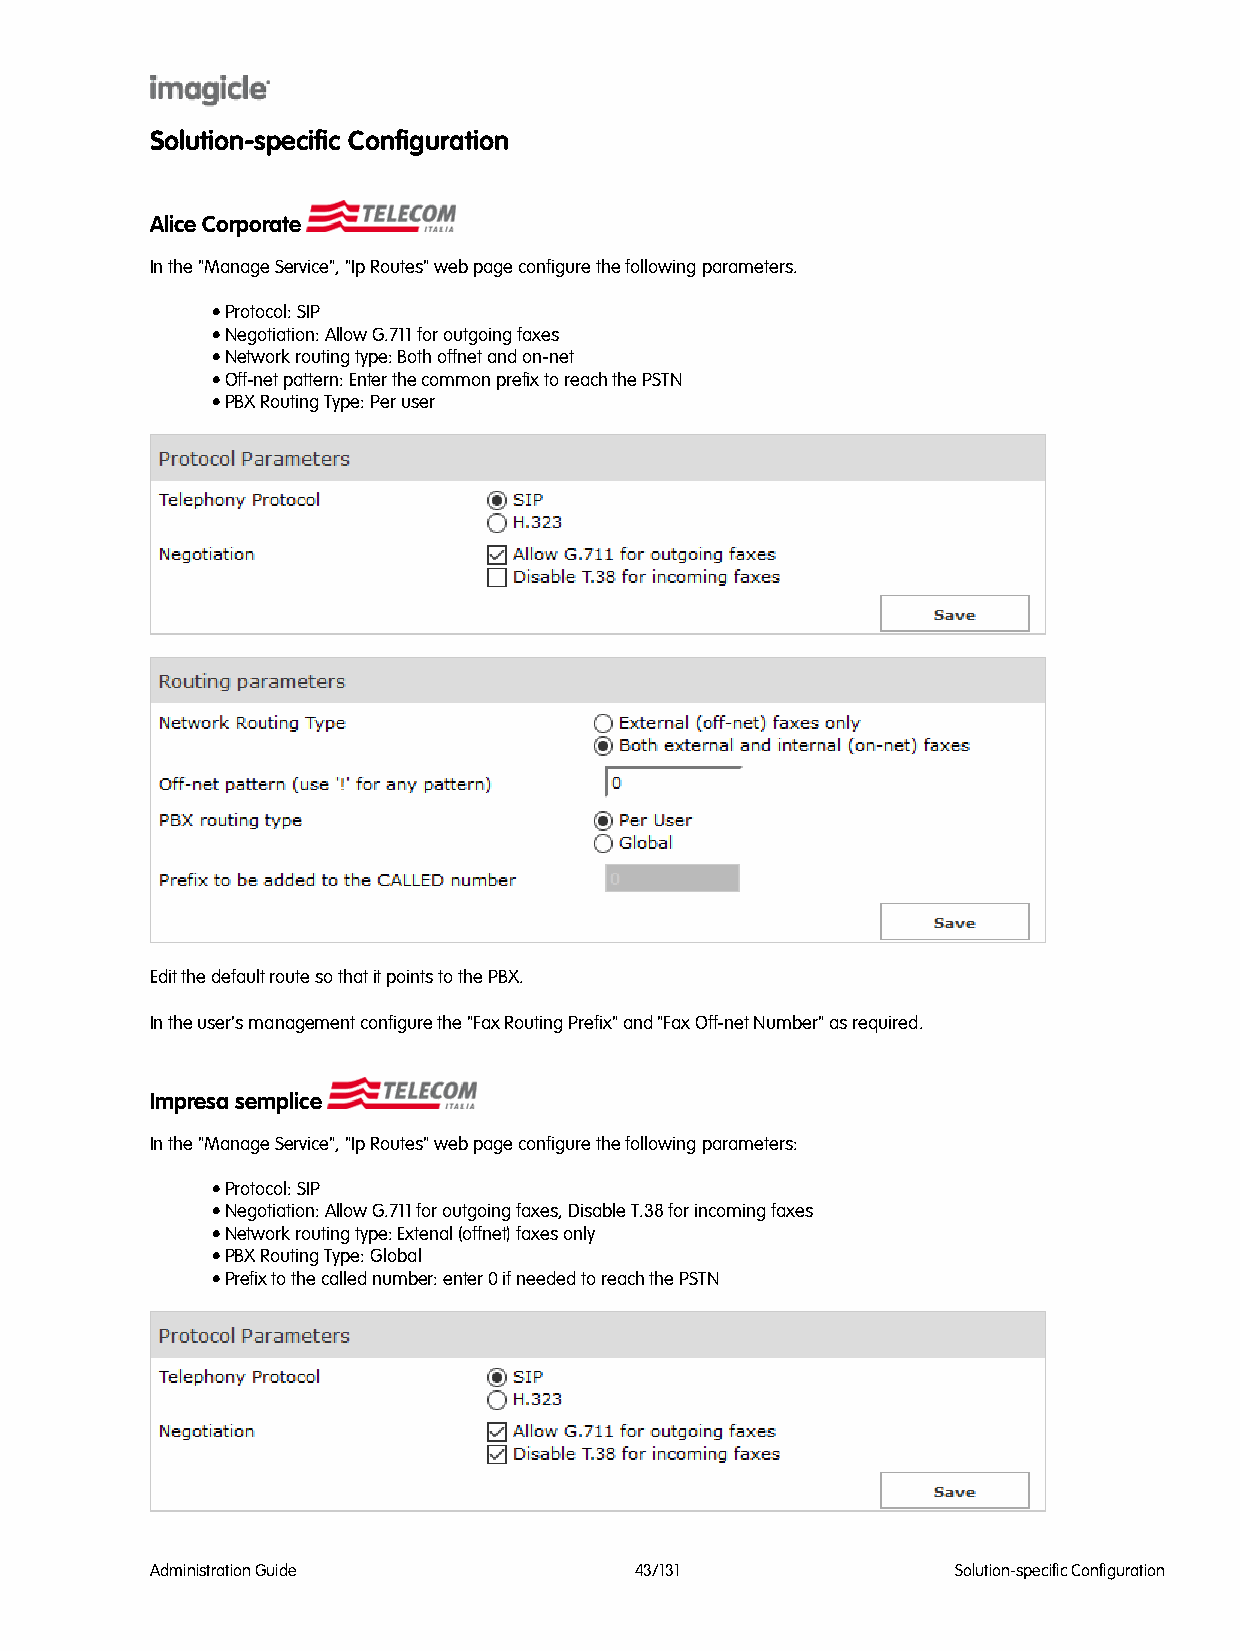
Solution-specific Configuration
 Alice Corporate
 In the "Manage Service", "Ip Routes" web page configure the following parameters.
 • Protocol: SIP
 • Negotiation: Allow G.711 for outgoing faxes
 • Network routing type: Both offnet and on-net
 • Off-net pattern: Enter the common prefix to reach the PSTN
 • PBX Routing Type: Per user
 Edit the default route so that it points to the PBX.
 In the user's management configure the "Fax Routing Prefix" and "Fax Off-net Number" as required.
 Impresa semplice
 In the "Manage Service", "Ip Routes" web page configure the following parameters:
 • Protocol: SIP
 • Negotiation: Allow G.711 for outgoing faxes, Disable T.38 for incoming faxes
 • Network routing type: Extenal (offnet) faxes only
 • PBX Routing Type: Global
 • Prefix to the called number: enter 0 if needed to reach the PSTN
 Administration Guide            43/131               Solution-specific Configuration